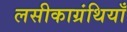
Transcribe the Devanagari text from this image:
लसीकाग्रंथियाँ